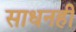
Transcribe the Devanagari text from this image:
साधनही